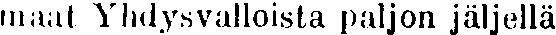
maat Yhdysvalloista paljon jäljellä